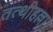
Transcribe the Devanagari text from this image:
तत्थीहल्ला।